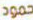
حمود